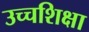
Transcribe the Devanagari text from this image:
उच्चशिक्षा